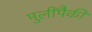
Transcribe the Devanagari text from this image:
मुलींपैकी